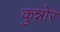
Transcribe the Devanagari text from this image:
कुन्नोर